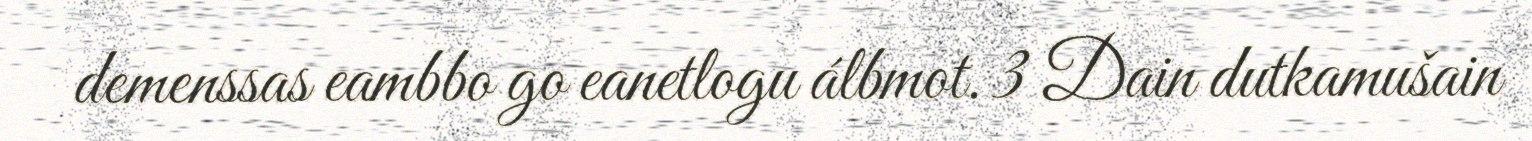
demenssas eambbo go eanetlogu álbmot. 3 Dain dutkamušain